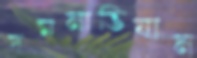
দমনাভিযান